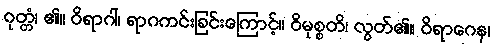
ဝုတ္တံ၊ ၏။ ဝိရာဂါ၊ ရာဂကင်းခြင်းကြောင့်။ ဝိမုစ္စတိ၊ လွတ်၏။ ဝိရာဂေန၊